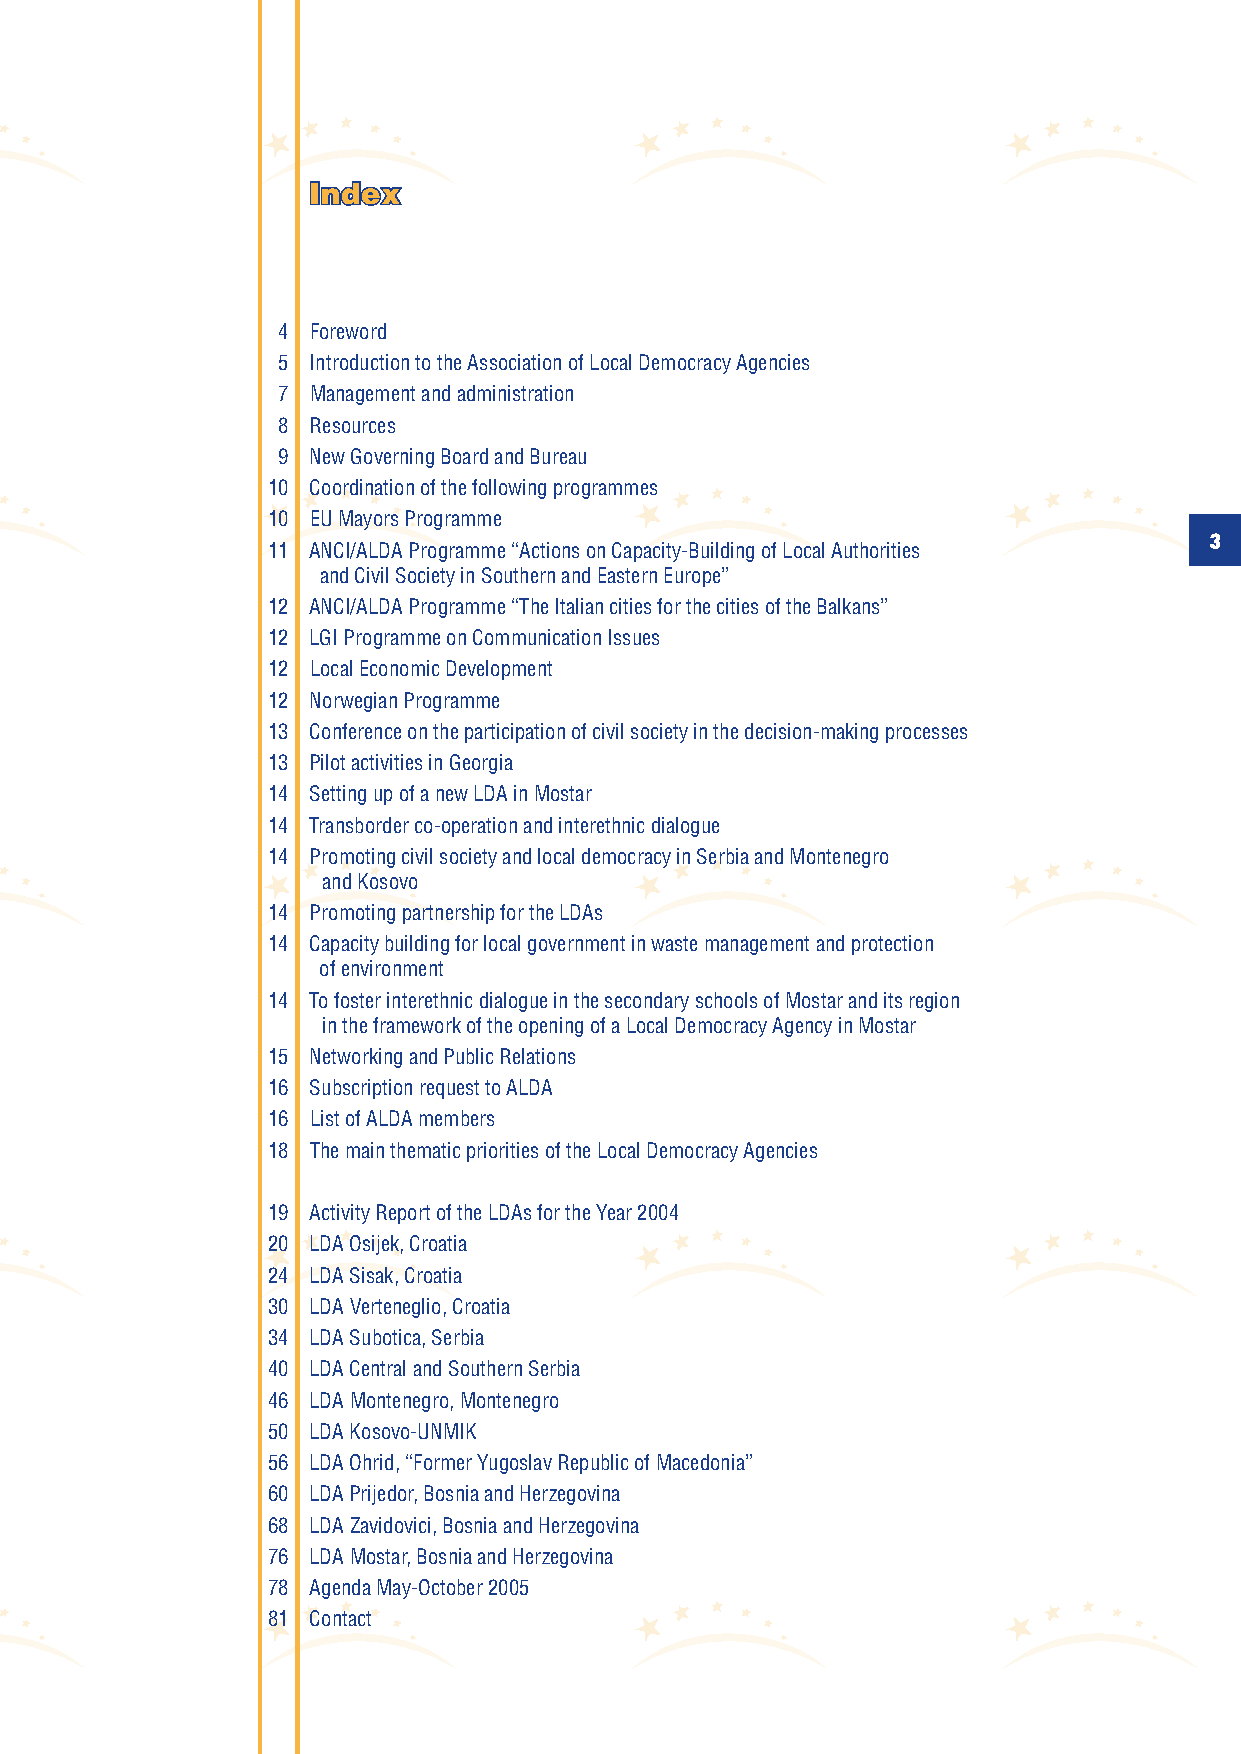
Index
 4 Foreword
 5 Introduction to the Association of Local Democracy Agencies
 7 Management and administration
 8 Resources
 9 New Governing Board and Bureau
 10 Coordination of the following programmes
 10 EU Mayors Programme
 3
 11 ANCI/ALDA Programme “Actions on Capacity-Building of Local Authorities
 and Civil Society in Southern and Eastern Europe”
 12 ANCI/ALDA Programme “The Italian cities for the cities of the Balkans”
 12 LGI Programme on Communication Issues
 12 Local Economic Development
 12 Norwegian Programme
 13 Conference on the participation of civil society in the decision-making processes
 13 Pilot activities in Georgia
 14 Setting up of a new LDA in Mostar
 14 Transborder co-operation and interethnic dialogue
 14 Promoting civil society and local democracy in Serbia and Montenegro
 and Kosovo
 14 Promoting partnership for the LDAs
 14 Capacity building for local government in waste management and protection
 of environment
 14 To foster interethnic dialogue in the secondary schools of Mostar and its region
 in the framework of the opening of a Local Democracy Agency in Mostar
 15 Networking and Public Relations
 16 Subscription request to ALDA
 16 List of ALDA members
 18 The main thematic priorities of the Local Democracy Agencies
 19 Activity Report of the LDAs for the Year 2004
 20 LDA Osijek, Croatia
 24 LDA Sisak, Croatia
 30 LDA Verteneglio, Croatia
 34 LDA Subotica, Serbia
 40 LDA Central and Southern Serbia
 46 LDA Montenegro, Montenegro
 50 LDA Kosovo-UNMIK
 56 LDA Ohrid, “Former Yugoslav Republic of Macedonia”
 60 LDA Prijedor, Bosnia and Herzegovina
 68 LDA Zavidovici, Bosnia and Herzegovina
 76 LDA Mostar, Bosnia and Herzegovina
 78 Agenda May-October 2005
 81 Contact